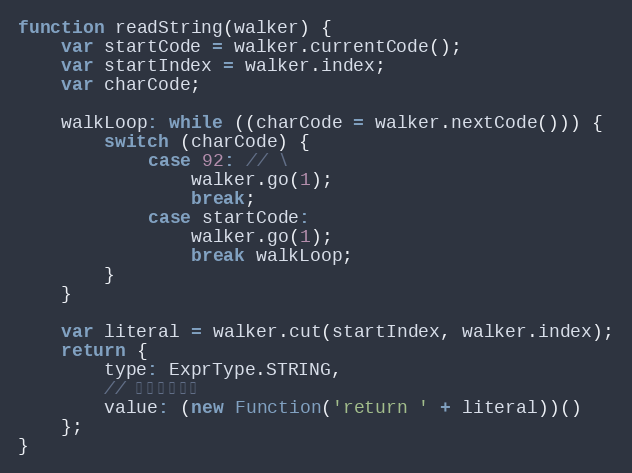
Language: JavaScript
function readString(walker) {
    var startCode = walker.currentCode();
    var startIndex = walker.index;
    var charCode;

    walkLoop: while ((charCode = walker.nextCode())) {
        switch (charCode) {
            case 92: // \
                walker.go(1);
                break;
            case startCode:
                walker.go(1);
                break walkLoop;
        }
    }

    var literal = walker.cut(startIndex, walker.index);
    return {
        type: ExprType.STRING,
        // 处理字符转义
        value: (new Function('return ' + literal))()
    };
}